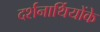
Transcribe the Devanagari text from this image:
दर्शनार्थियोंके